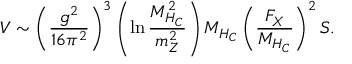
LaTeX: V \sim \left( \frac { g ^ { 2 } } { 1 6 \pi ^ { 2 } } \right) ^ { 3 } \left( \ln \frac { M _ { H _ { C } } ^ { 2 } } { m _ { Z } ^ { 2 } } \right) M _ { H _ { C } } \left( \frac { F _ { X } } { M _ { H _ { C } } } \right) ^ { 2 } S .